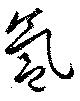
氳